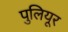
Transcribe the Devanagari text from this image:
पुलियूर